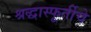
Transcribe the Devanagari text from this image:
श्रद्धास्फूर्तीचे